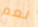
نعم